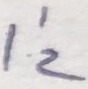
Text: I'2